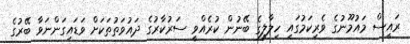
ރައީސް މައުމޫނުގެ ވެރިކަމުގައި ހިލާލީގެ ބޭނުން ކުރެއްވީ ސަރުކާރުގެ ދައުވަތުތަކަށް ވަޑައިގަންނަވާ ބޭރުގެ